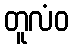
တူလံဝ